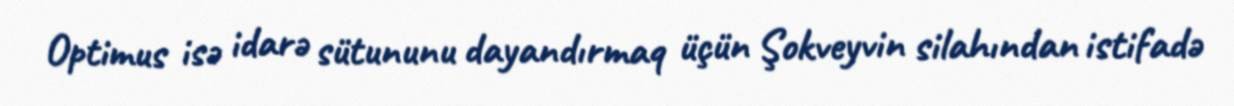
Optimus isə idarə sütununu dayandırmaq üçün Şokveyvin silahından istifadə